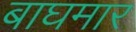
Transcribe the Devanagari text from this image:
बाघमार